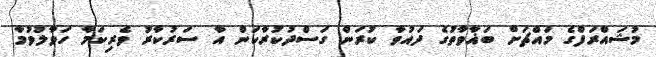
މުޝައްރަފްގެ މައްޗަށް ބަޣާވާތުގެ ދައުވާ ކުރަން ގަސްދުކުރާކަން އާ ސަރުކާރު ވެރިކަމާ ހަވާލުވުމާ